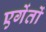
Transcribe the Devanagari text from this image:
एगेंतों